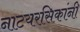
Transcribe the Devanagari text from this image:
नाटयरसिकांनी